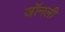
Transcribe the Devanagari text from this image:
जॉनली